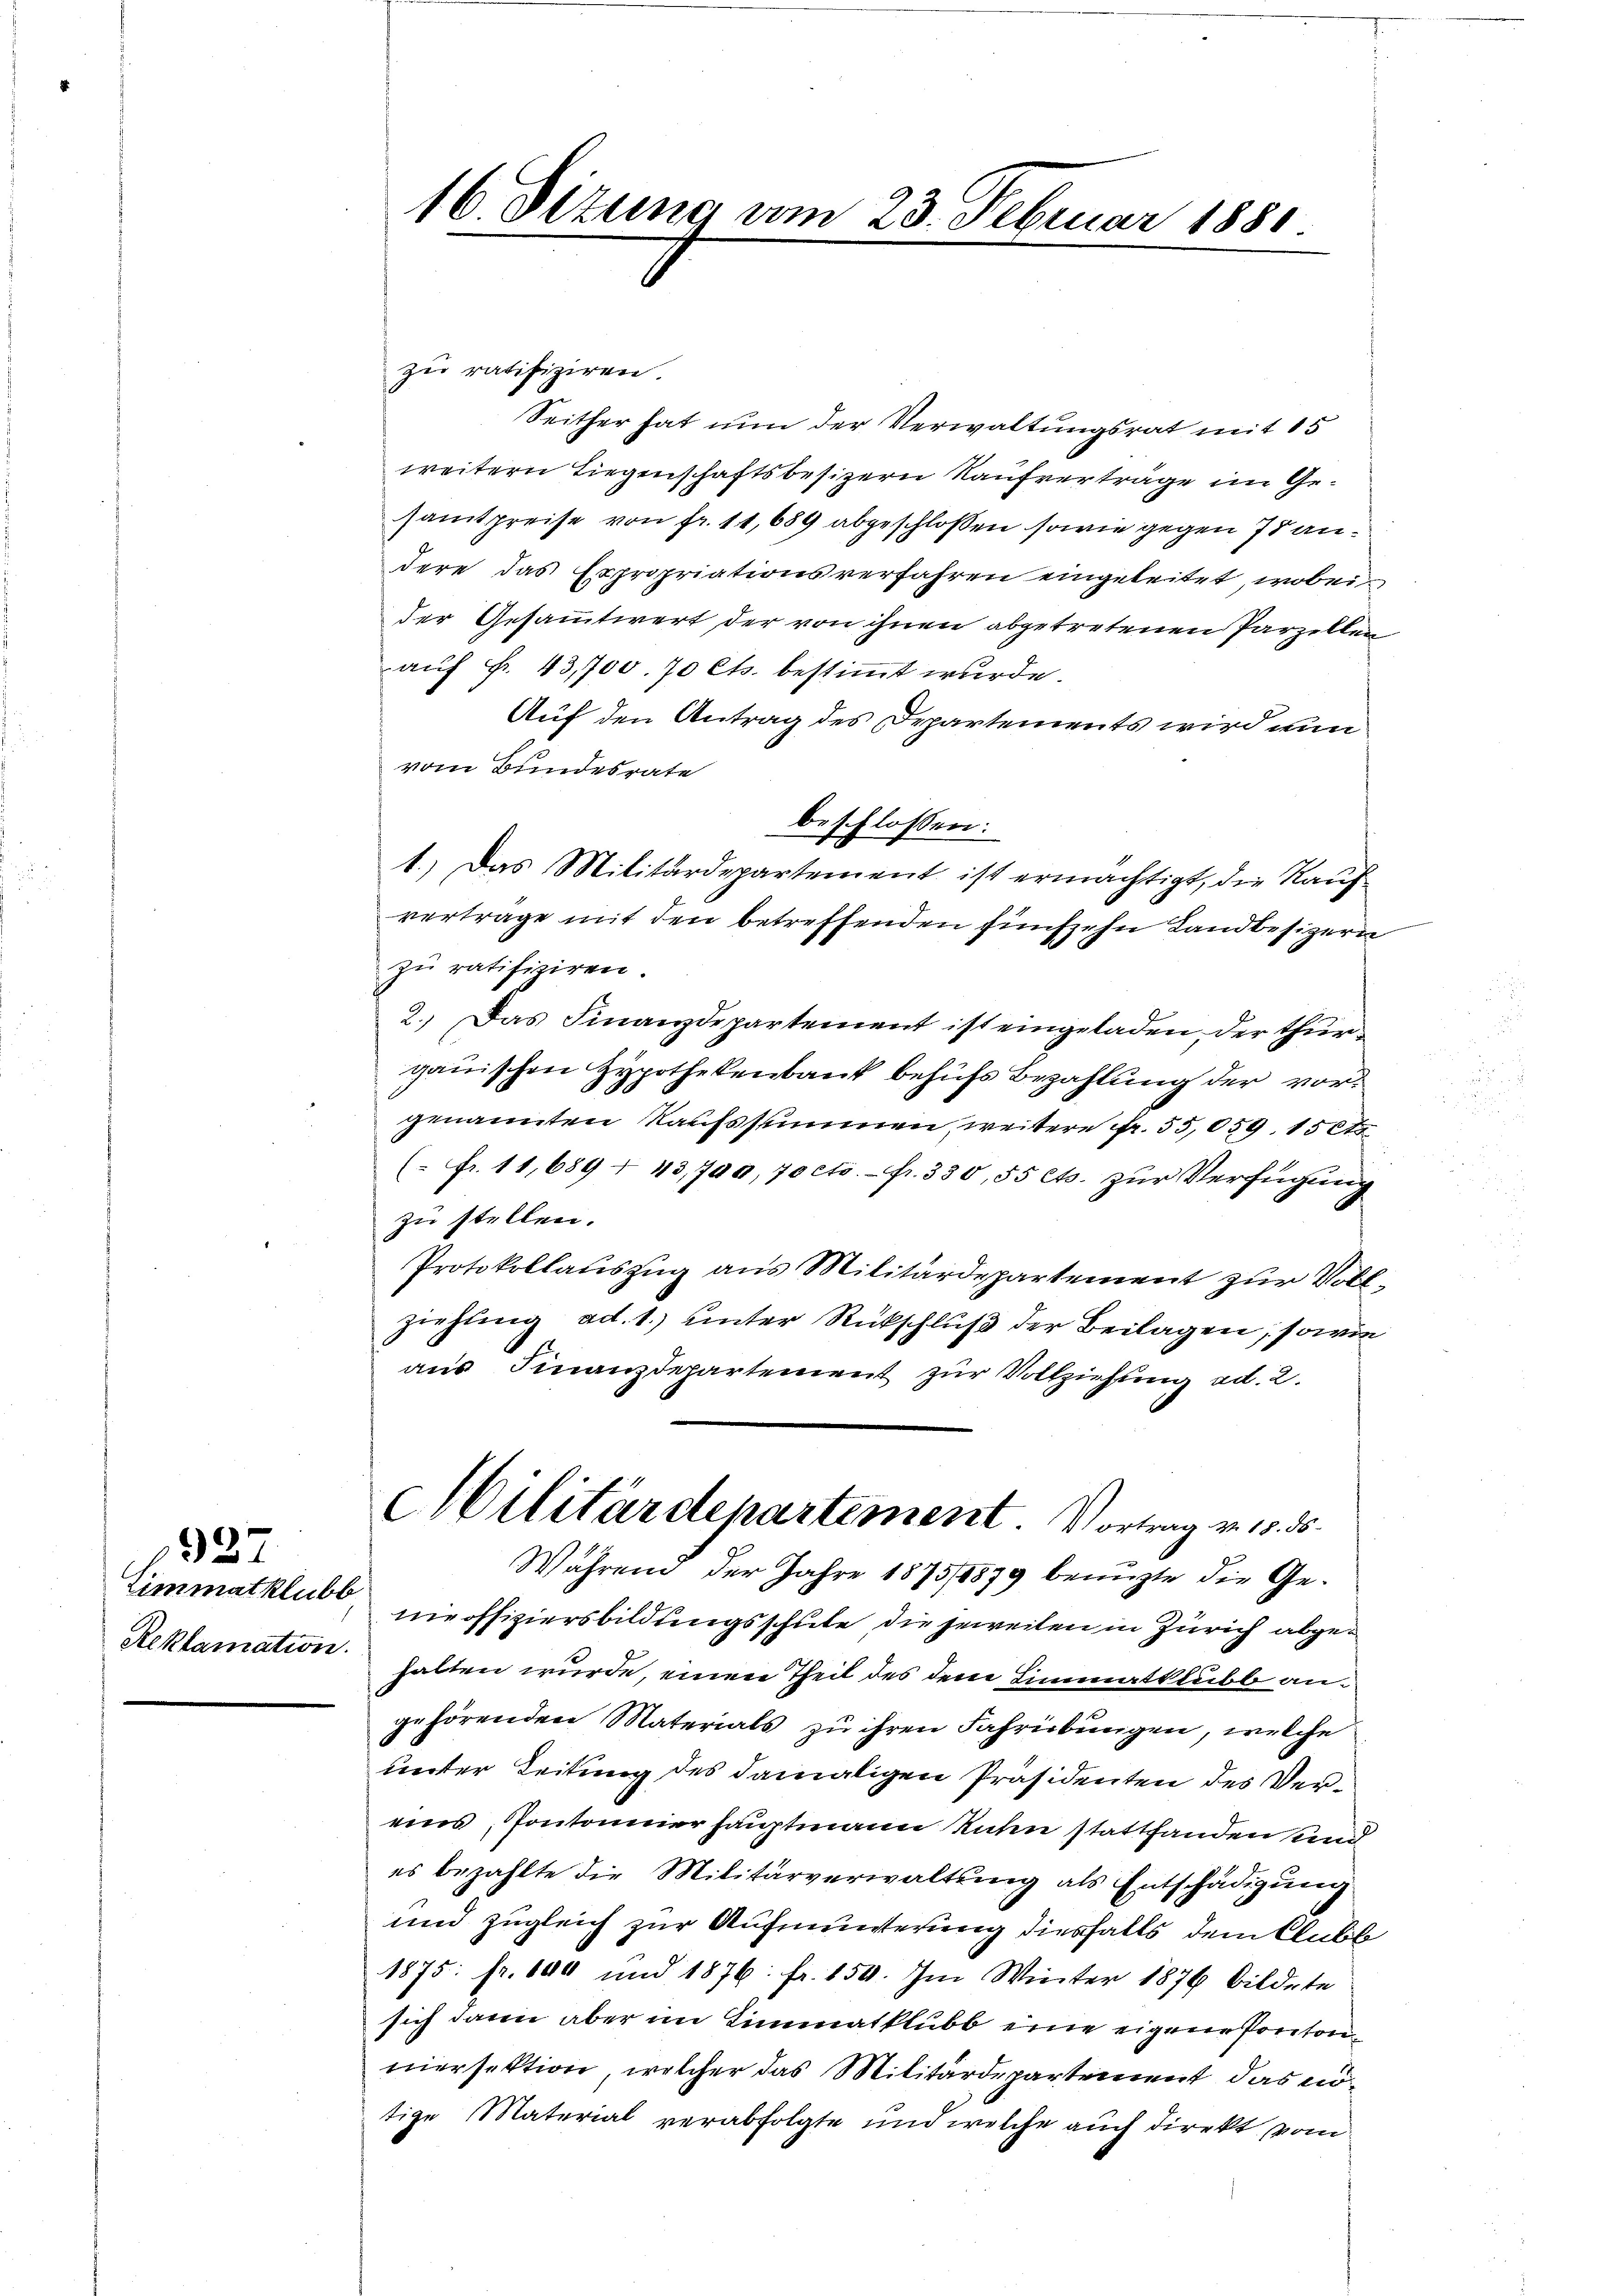
327
Zimmatklubb
Reklamation.

16 Situng am 23. Februar 1881.

zu ratifiziren.
Seither hat nun der Verwaltungsrat mit 15
weitern Liegenschaftsbesizern Kaufvertrage im Gesamtpreise von fr. 11,689 abgeschlossen sowie gegen 75 andere das Expropriationsverfahren eingeleitet, wobei
der Gesammtwert, der von ihnen abgetretenen Parzellen
auf Fr. 43,700. 70 Cts. bestimmt wurde.
Auf den Antrag des Departements wird nun
vom Bundesrate
beschlossen:
1.) Das Militärdepartement ist ermächtigt, die Kauf
vertrage mit den betreffenden fünfzehn Landbesizern
zŭ ratifiziren.
2. Das Finanzdepartement ist eingeladen, der thur
gauischen Hypothekenbank behufs Bezahlung der vorgenannten Kaufssummen, weitere Fr. 55,059. 15 Cts.
(" fr. 11,689 - 43,700, 70 cts. fr. 330, 55 Cts. zŭr Verfügŭng
zu stellen.
Protokollauszug aus Militärdepartement zur Vollziehung ad. 1.) unter Rückschluß der Beilagen, sowie
aus Finanzdepartement zur Vollziehung ad. 2.
Militärdepartement. Vortrag v. 15. ds.
Während der Jahre 1875,8879 benuzte die Gemeoffiziersbildungsschute die jeweilen in Zürich abgehalten wurde, einen Theil des dem Limmatklubbe angehörenden Materials zu ihren Fahrübungen, welche
unter Leitung des damaligen Präsidenten des Vereins Pontonnerhauptmann unten stattfanden und
es bezahlte die Militärverwaltung als Entschädigung
und zugleich zur Aufmunterung diesfalls dem Clubb
1875. fr. 600 und 1876: fr. 150. Im Winter 1876 bildete
sich dann aber im Limmatklubb eine eigene Ponton
niersektion, welcher das Militärdepartement das nötige Material verabfolgte und welche auch direkt vom